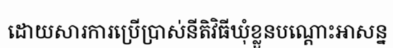
ដោយសារការប្រើប្រាស់នីតិវិធីឃុំខ្លួនបណ្តោះអាសន្ន